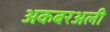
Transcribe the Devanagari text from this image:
अकबरअली